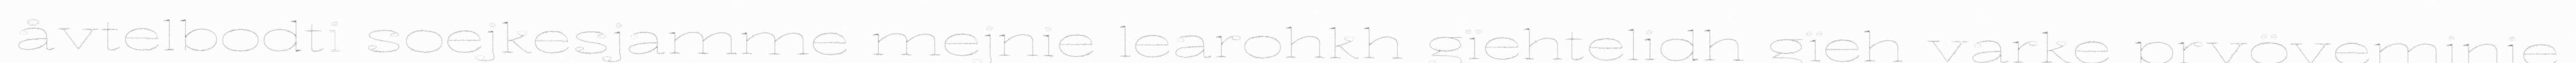
åvtelbodti soejkesjamme mejnie learohkh gïehtelidh gïeh varke pryöveminie